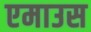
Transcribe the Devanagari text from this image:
एमाउस